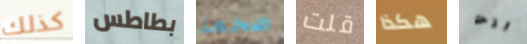
كذلك بطاطس ضخمة قلت هكذا انت